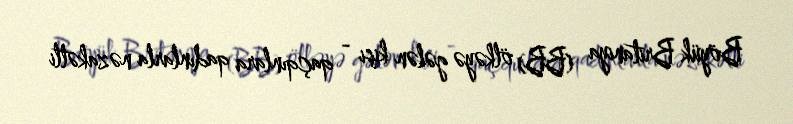
Böyük Britaniya (BB) ölkəyə gələn kişi - qaçqınlara qadınlarla nəzakətli